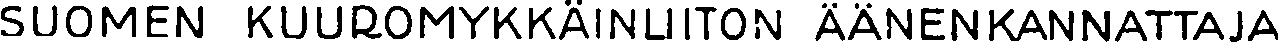
SUOMEN KUUROMYKKÄINLIITON ÄÄNENKANNATTAJA